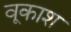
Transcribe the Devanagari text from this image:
वूकाश